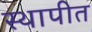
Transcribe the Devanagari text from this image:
स्‍थापीत